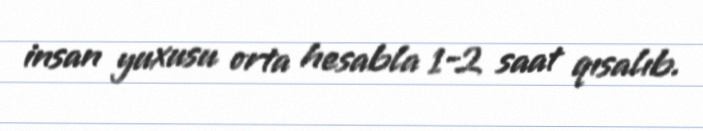
insan yuxusu orta hesabla 1-2 saat qısalıb.